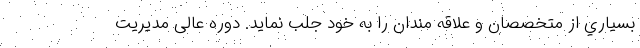
بسياري از متخصصان و علاقه مندان را به خود جلب نمايد. دوره عالی مدیریت